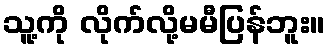
သူ့ကို လိုက်လို့မမီပြန်ဘူး။